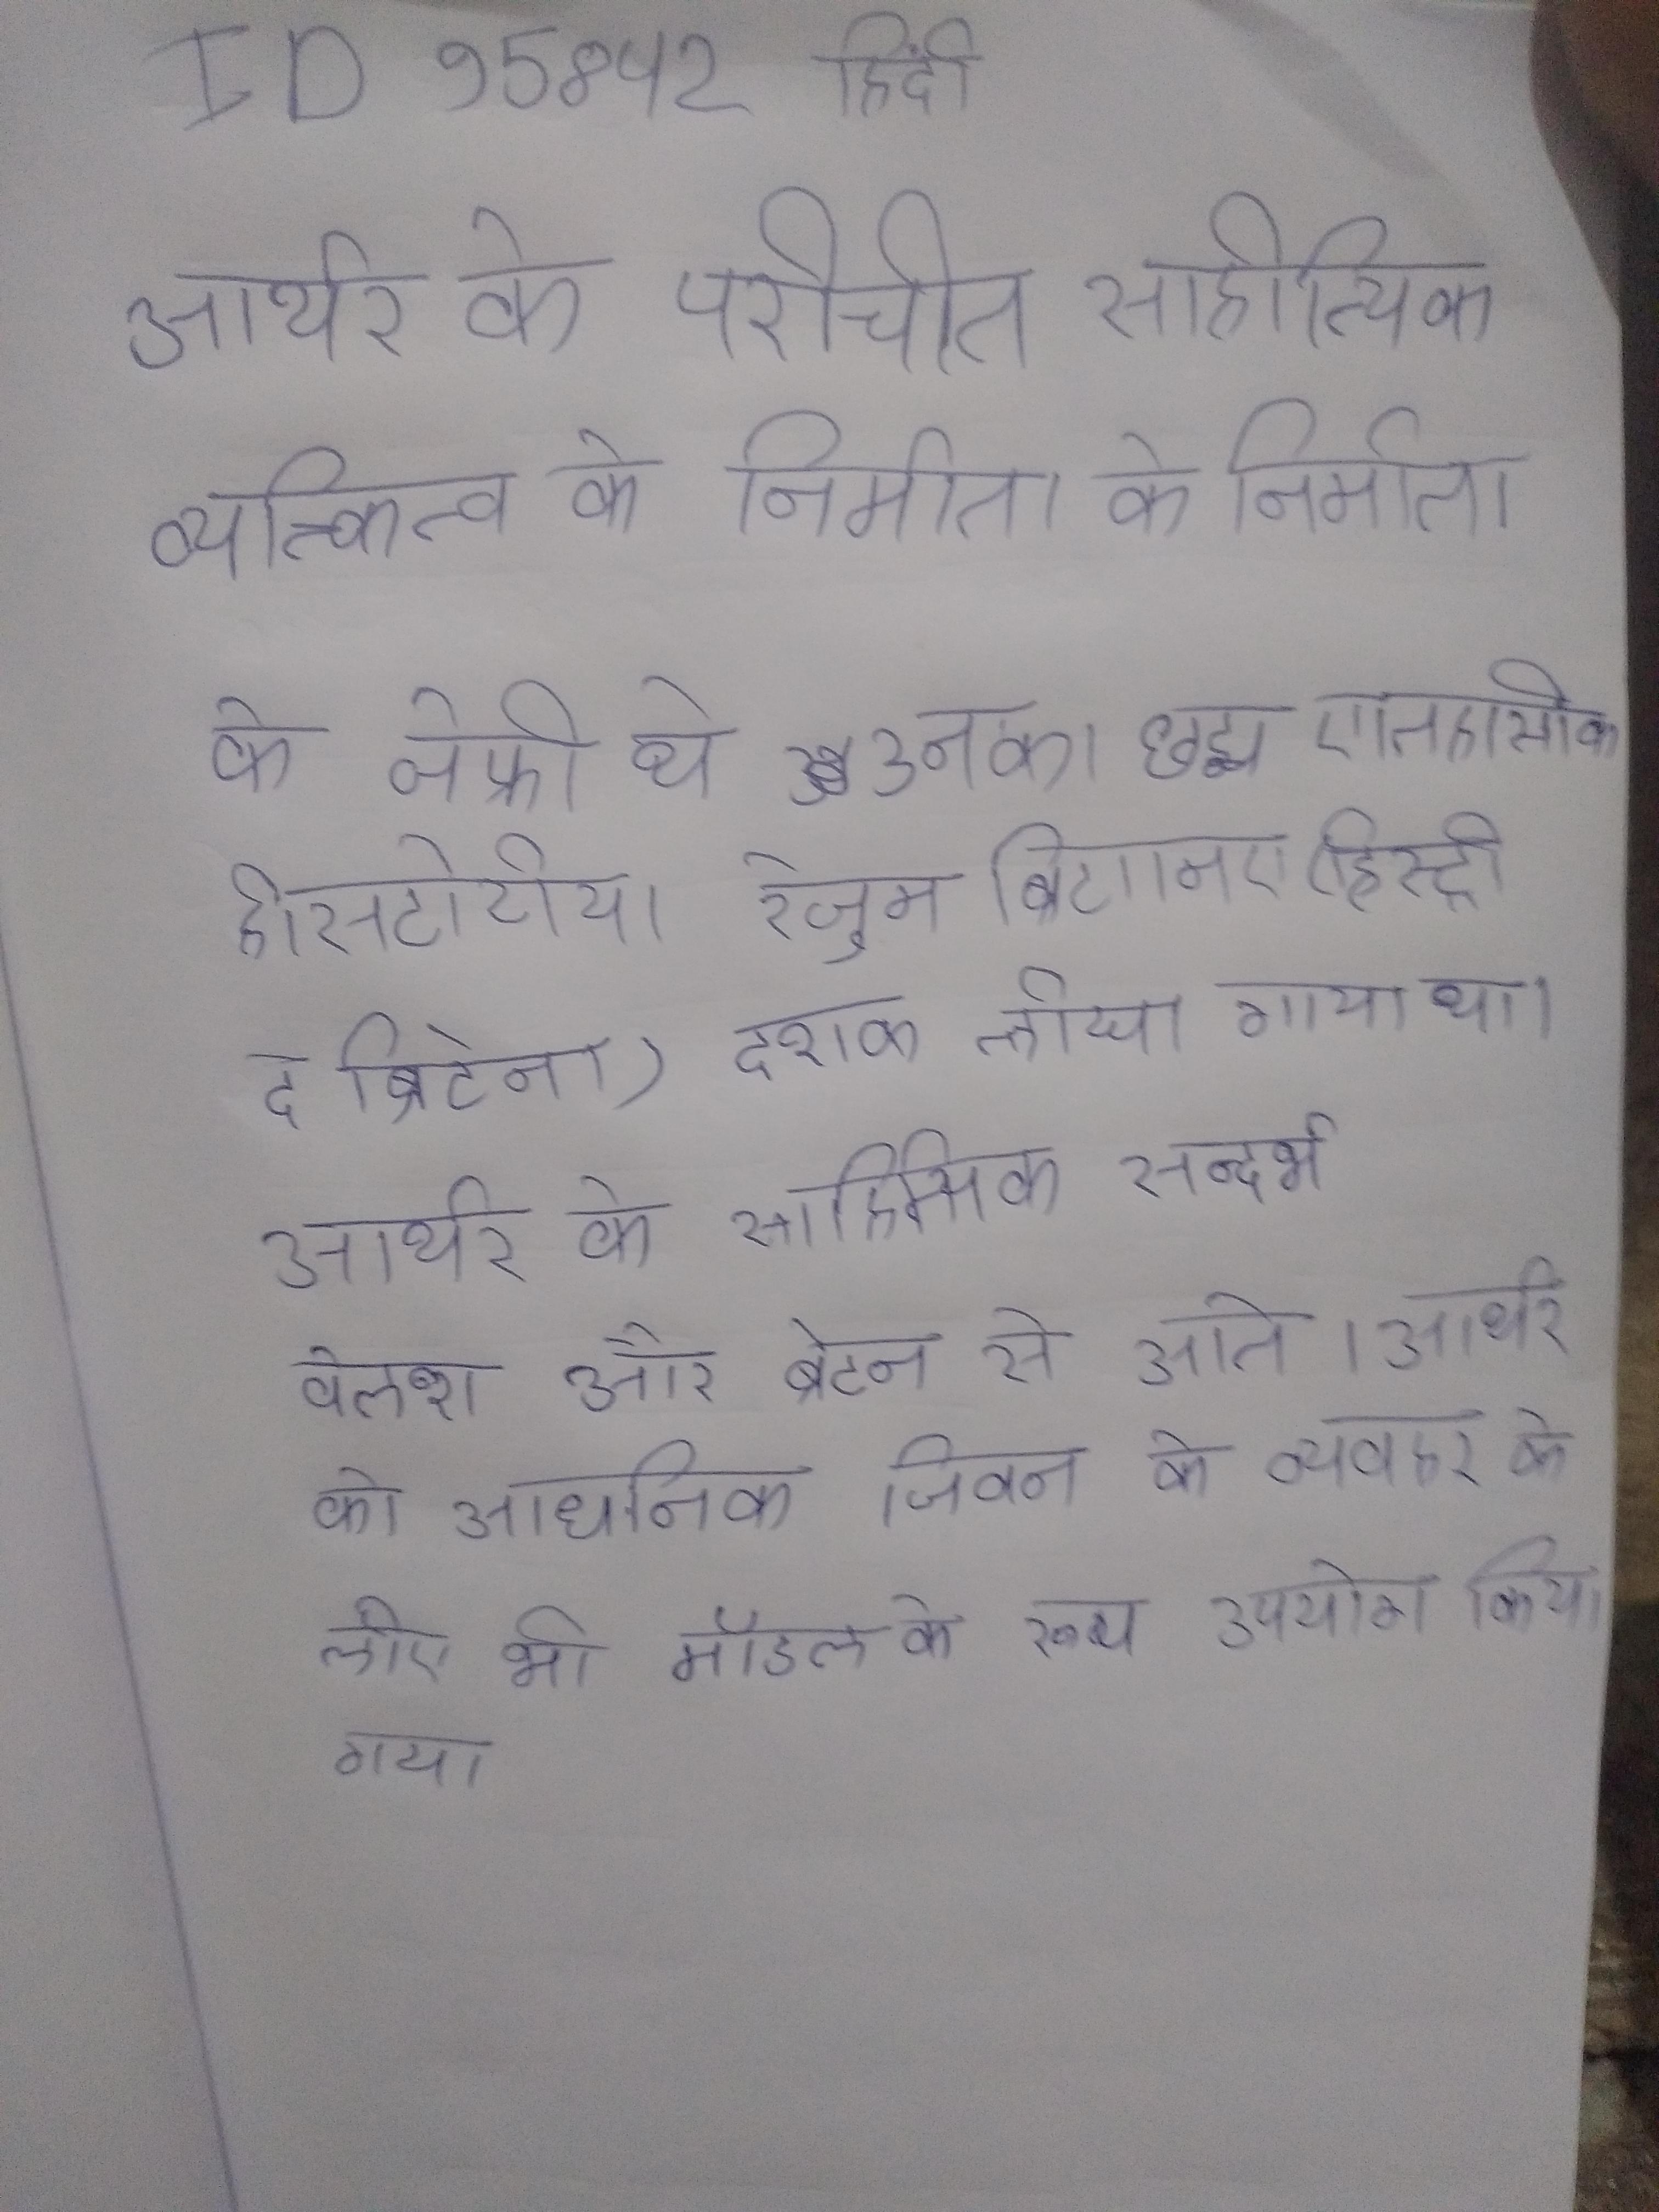
आर्थर के परिचित साहित्यिक व्यक्तित्व के निर्माता के जेफ्री थे, उनका छद्म ऐतिहासिक हिस्टोरिया रेजुम ब्रिटानिए (हिस्ट्री द ब्रिटेन) दशक लिखा गया था । आर्थर के साहित्यिक सन्दर्भ वेल्श और ब्रेटन से आते । आर्थर को आधुनिक जीवन के व्यवहार के लिए भी एक मॉडल के रूप उपयोग किया गया ।